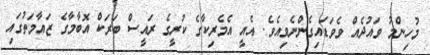
މުހިންމު ވައުދެއް ވެވަޑައިގެންނެވިއެވެ. އެއީ އެމެރިކާގެ ކުރީގެ ރައީސް ބަރަކް އޮބާމާގެ ޒައާމަތުގައި